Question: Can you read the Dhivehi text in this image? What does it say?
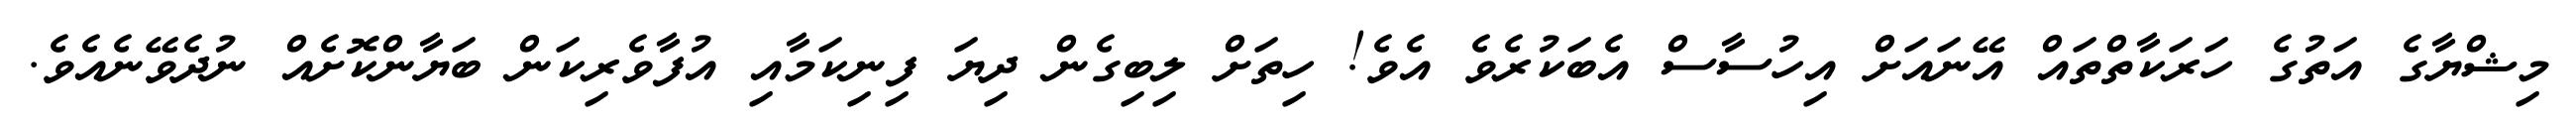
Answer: މިޝްޔާގެ އަތުގެ ހަރަކާތްތައް އޭނައަށް އިހުސާސް އެބަކުރެވެ އެވެ! ހިތަށް ލިބިގެން ދިޔަ ފިނިކަމާއި އުފާވެރިކަން ބަޔާންކޮށެއް ނުދެވޭނެއެވެ.